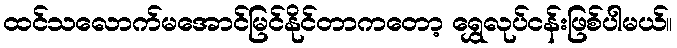
ထင်သလောက်မအောင်မြင်နိုင်တာကတော့ ရွှေလုပ်ငန်းဖြစ်ပါမယ်။